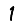
Digit: 1